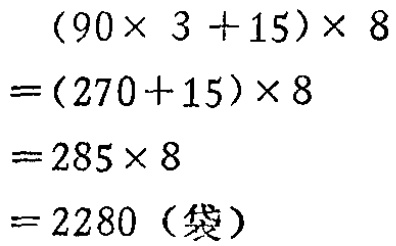
\[
\begin{align*}
&(90\times 3 + 15)\times 8\\
=&(270 + 15)\times 8\\
=&285\times 8\\
=&2280（袋）
\end{align*}
\]